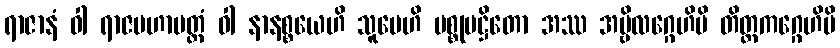
ရာဇာနံ ဝါ ရာဇမဟာမတ္တံ ဝါ နာနစ္စယေဟိ သူပေဟိ ပစ္စုပဋ္ဌိတော အဿ အမ္ဗိလဂ္ဂေဟိပိ တိတ္တကဂ္ဂေဟိပိ